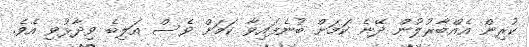
ކުރިން އެއްބާރުލުން ދޭނެ ކަމަށް ބުނެފައިވާ ކަމަށް ވެސް އަލިބެ ވިދާޅުވި އެވެ.